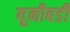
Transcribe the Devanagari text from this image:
यूनीबडी